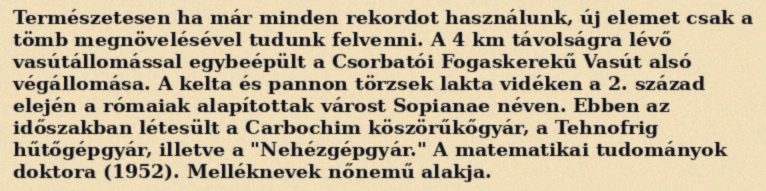
Természetesen ha már minden rekordot használunk, új elemet csak a tömb megnövelésével tudunk felvenni. A 4 km távolságra lévő vasútállomással egybeépült a Csorbatói Fogaskerekű Vasút alsó végállomása. A kelta és pannon törzsek lakta vidéken a 2. század elején a rómaiak alapítottak várost Sopianae néven. Ebben az időszakban létesült a Carbochim köszörűkőgyár, a Tehnofrig hűtőgépgyár, illetve a "Nehézgépgyár." A matematikai tudományok doktora (1952). Melléknevek nőnemű alakja.